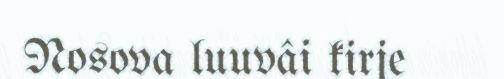
Nosova luuvâi kirje